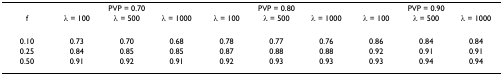
|  | <COLSPAN=3> PVP = 0.70 | <COLSPAN=3> PVP = 0.80 | <COLSPAN=3> PVP = 0.90 |
 | f | λ = 100 | λ = 500 | λ = 1000 | λ = 100 | λ = 500 | λ = 1000 | λ = 100 | λ = 500 | λ = 1000 |
 | --- | --- | --- | --- | --- | --- | --- | --- | --- | --- |
 | 0.10 | 0.73 | 0.70 | 0.68 | 0.78 | 0.77 | 0.76 | 0.86 | 0.84 | 0.84 |
 | 0.25 | 0.84 | 0.85 | 0.85 | 0.87 | 0.88 | 0.88 | 0.92 | 0.91 | 0.91 |
 | 0.50 | 0.91 | 0.92 | 0.91 | 0.92 | 0.93 | 0.93 | 0.93 | 0.94 | 0.94 |